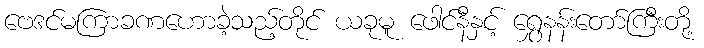
ဗေဒင်မကြာခဏဟောခဲ့သည့်တိုင် ယခုမူ ဖေါင်နီနှင့် ရွှေနန်းတော်ကြီးတို့